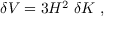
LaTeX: \delta V = 3 H ^ { 2 } \; \delta K \; ,